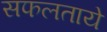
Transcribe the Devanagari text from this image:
सफलताये